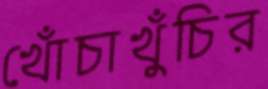
খোঁচাখুঁচির